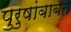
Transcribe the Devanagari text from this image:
पुरुषांबाबत